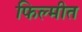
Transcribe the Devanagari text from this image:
फिल्मीत